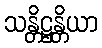
သန္တိဋ္ဌန္တိယာ